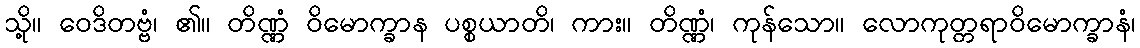
သို့။ ဝေဒိတဗ္ဗံ၊ ၏။ တိဏ္ဏံ ဝိမောက္ခာန ပစ္စယာတိ၊ ကား။ တိဏ္ဏံ၊ ကုန်သော။ လောကုတ္တရာဝိမောက္ခာနံ၊